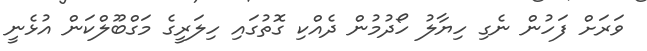
ވަރަށް ފަހުން ނެގި ހިޔާލު ހޯދުމުން ދެއްކި ގޮތުގައި ހިލަރީގެ މަގްބޫލްކަން އުޅެނީ